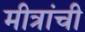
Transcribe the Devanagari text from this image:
मीत्रांची